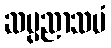
ဆပ္ပညာသမံ